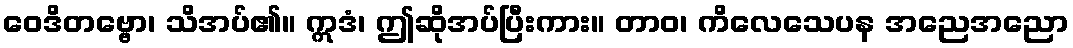
ဝေဒိတဗ္ဗော၊ သိအပ်၏။ ဣဒံ၊ ဤဆိုအပ်ပြီးကား။ တာဝ၊ ကိလေသေပန အညေအညော